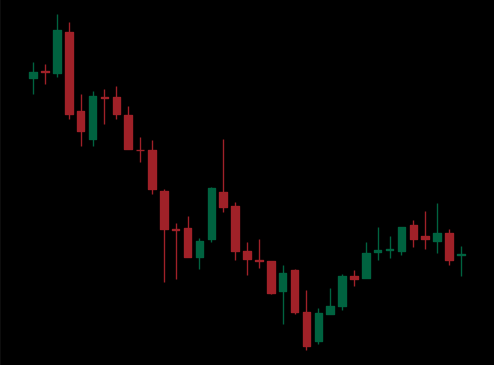
Pattern: bull_flag